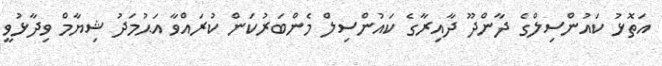
އަތޮޅު ކައުންސިލްގެ ދާންދޫ ދާއިރާގެ ކައުންސިލް މެންބަރުކަން ކުރައްވާ އަޙުމަދު ޝިޔާމް ވިދާޅުވީ